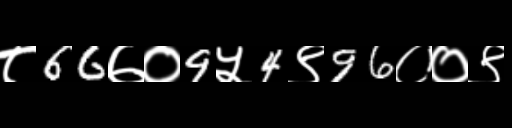
Text: ८66७०9५4९96००९